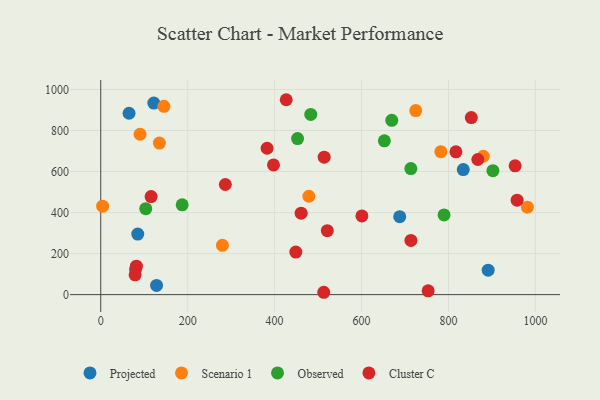
{"axis": {"x": "Study Hours", "y": "Yield"}, "legend": ["Cluster C", "Observed", "Projected", "Scenario 1"], "data": [{"x": "128.4", "y": 44.9, "type": "Projected"}, {"x": "80.1", "y": 123.6, "type": "Projected"}, {"x": "65.1", "y": 883.9, "type": "Projected"}, {"x": "85.1", "y": 295.0, "type": "Projected"}, {"x": "891.3", "y": 119.2, "type": "Projected"}, {"x": "687.8", "y": 379.7, "type": "Projected"}, {"x": "122.1", "y": 933.6, "type": "Projected"}, {"x": "834.0", "y": 609.4, "type": "Projected"}, {"x": "4.3", "y": 431.1, "type": "Scenario 1"}, {"x": "981.5", "y": 426.2, "type": "Scenario 1"}, {"x": "90.4", "y": 781.6, "type": "Scenario 1"}, {"x": "145.2", "y": 917.5, "type": "Scenario 1"}, {"x": "782.4", "y": 696.6, "type": "Scenario 1"}, {"x": "724.6", "y": 897.2, "type": "Scenario 1"}, {"x": "880.1", "y": 674.5, "type": "Scenario 1"}, {"x": "478.8", "y": 479.6, "type": "Scenario 1"}, {"x": "279.9", "y": 240.2, "type": "Scenario 1"}, {"x": "134.9", "y": 738.7, "type": "Scenario 1"}, {"x": "669.5", "y": 849.7, "type": "Observed"}, {"x": "652.5", "y": 749.4, "type": "Observed"}, {"x": "187.3", "y": 437.5, "type": "Observed"}, {"x": "902.2", "y": 604.2, "type": "Observed"}, {"x": "103.5", "y": 418.8, "type": "Observed"}, {"x": "713.4", "y": 614.6, "type": "Observed"}, {"x": "452.8", "y": 760.4, "type": "Observed"}, {"x": "789.8", "y": 388.3, "type": "Observed"}, {"x": "483.1", "y": 878.5, "type": "Observed"}, {"x": "397.4", "y": 632.0, "type": "Cluster C"}, {"x": "957.9", "y": 460.3, "type": "Cluster C"}, {"x": "521.2", "y": 311.7, "type": "Cluster C"}, {"x": "82.0", "y": 138.8, "type": "Cluster C"}, {"x": "514.0", "y": 670.1, "type": "Cluster C"}, {"x": "426.7", "y": 949.9, "type": "Cluster C"}, {"x": "852.5", "y": 863.0, "type": "Cluster C"}, {"x": "867.5", "y": 658.6, "type": "Cluster C"}, {"x": "753.2", "y": 18.7, "type": "Cluster C"}, {"x": "713.6", "y": 264.3, "type": "Cluster C"}, {"x": "382.7", "y": 713.5, "type": "Cluster C"}, {"x": "79.0", "y": 96.6, "type": "Cluster C"}, {"x": "448.8", "y": 207.3, "type": "Cluster C"}, {"x": "115.8", "y": 478.0, "type": "Cluster C"}, {"x": "461.0", "y": 397.1, "type": "Cluster C"}, {"x": "817.1", "y": 696.2, "type": "Cluster C"}, {"x": "286.6", "y": 536.8, "type": "Cluster C"}, {"x": "600.8", "y": 383.7, "type": "Cluster C"}, {"x": "513.0", "y": 11.5, "type": "Cluster C"}, {"x": "953.3", "y": 628.0, "type": "Cluster C"}]}